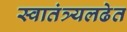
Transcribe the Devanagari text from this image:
स्वातंत्र्यलढेत